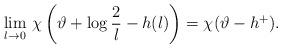
LaTeX: \begin{align*}\lim _{l\rightarrow 0}\, \chi \left( \vartheta +\log \frac{2}{l}-h(l)\right) =\chi (\vartheta -h^{+}).\end{align*}